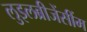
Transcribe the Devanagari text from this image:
लुइलब्रीजेंसींम